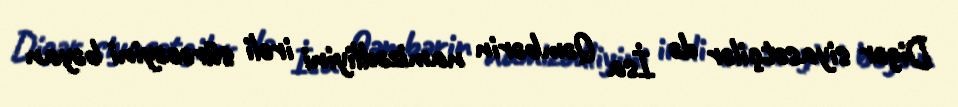
Digər siyasətçilər də İsa Qəmbərin namizədliyini irəli sürəcəyini bəyan